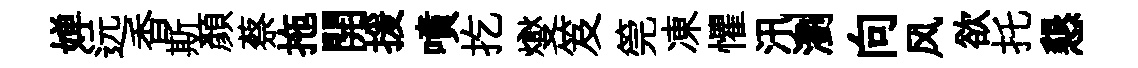
婵远香斯顏蔡拖開援噴扢燮笈筦凍懼汛瀏向风欲托懇